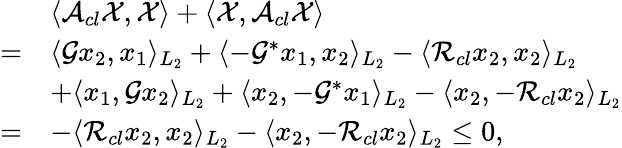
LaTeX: \begin{array}{rl}&{\langle\mathcal{A}_{cl}\mathcal{X},\mathcal{X}\rangle+\langle\mathcal{X},\mathcal{A}_{cl}\mathcal{X}\rangle}\\ {=}&{\langle\mathcal{G}x_{2},x_{1}\rangle_{L_{2}}+\langle-\mathcal{G}^{*}x_{1},x_{2}\rangle_{L_{2}}-\langle\mathcal{R}_{cl}x_{2},x_{2}\rangle_{L_{2}}}\\ &{+\langle x_{1},\mathcal{G}x_{2}\rangle_{L_{2}}+\langle x_{2},-\mathcal{G}^{*}x_{1}\rangle_{L_{2}}-\langle x_{2},-\mathcal{R}_{cl}x_{2}\rangle_{L_{2}}}\\ {=}&{-\langle\mathcal{R}_{cl}x_{2},x_{2}\rangle_{L_{2}}-\langle x_{2},-\mathcal{R}_{cl}x_{2}\rangle_{L_{2}}\leq 0,}\end{array}